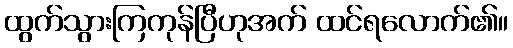
ထွက်သွားကြကုန်ပြီဟုအက် ထင်ရလောက်၏။